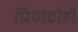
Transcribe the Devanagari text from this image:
प्रियाद्रोही